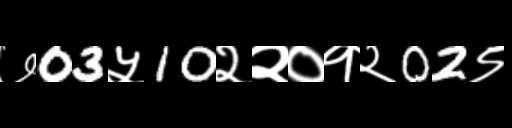
Text: ७03५10२२०१२02९